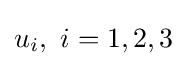
u_{i},~i=1,2,3